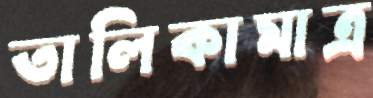
তালিকামাত্র